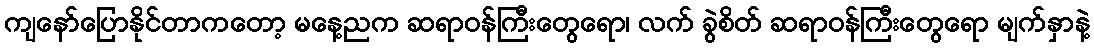
ကျနော်ပြောနိုင်တာကတော့ မနေ့ညက ဆရာဝန်ကြီးတွေရော၊ လက် ခွဲစိတ် ဆရာဝန်ကြီးတွေရော မျက်နှာနဲ့